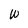
Character: W